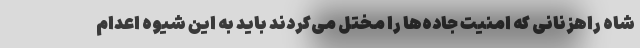
شاه راهزنانی که امنیت جاده‌ها را مختل می‌کردند باید به این شیوه اعدام